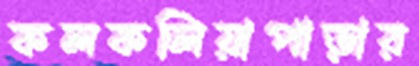
কলকলিয়াপাড়ার